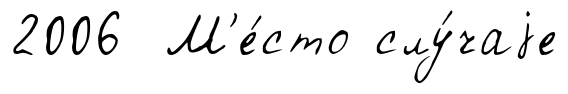
2006 М'е́сто слу́чаjе